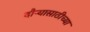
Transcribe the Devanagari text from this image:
दौऱ्यासाठीच्या